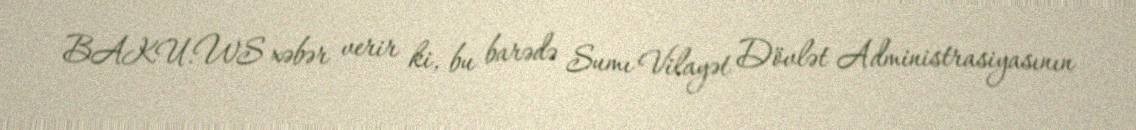
BAKU.WS xəbər verir ki, bu barədə Sumı Vilayət Dövlət Administrasiyasının